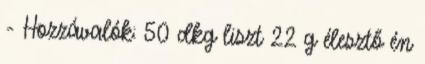
- Hozzávalók: 50 dkg liszt 22 g élesztő én